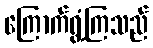
ကြောက်ရွံ့ကြသည်